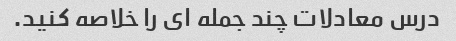
درس معادلات چند جمله ای را خلاصه کنید.